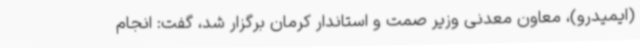
(ایمیدرو)، معاون معدنی وزیر صمت و استاندار کرمان برگزار شد، گفت: انجام